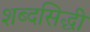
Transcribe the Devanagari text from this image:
शब्दसिद्धी